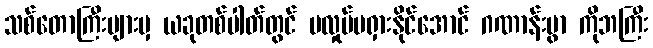
သစ်တောကြီးများမှ ယခုတစ်ပါတ်တွင် မလှုပ်မရှားနိုင်အောင် ဂဏာန်းမွာ ကိုဘကြီး